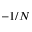
- 1 / N